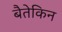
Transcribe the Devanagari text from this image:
बैतेकिन